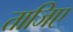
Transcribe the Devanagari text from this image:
ताजिए